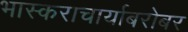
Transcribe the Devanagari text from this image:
भास्कराचार्याबरोबर